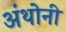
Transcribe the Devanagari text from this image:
अंथोनी